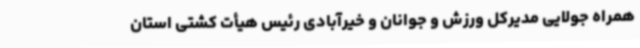
همراه جولایی مدیرکل ورزش و جوانان و خیرآبادی رئیس هیأت کشتی استان